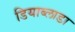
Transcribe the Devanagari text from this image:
डियाब्लाडा